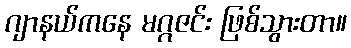
ဂျာနယ်ကနေ မဂ္ဂဇင်း ဖြစ်သွားတာ။